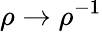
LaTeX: \rho\to\rho^{-1}